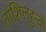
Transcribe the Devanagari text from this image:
ताशिलहुन्बो